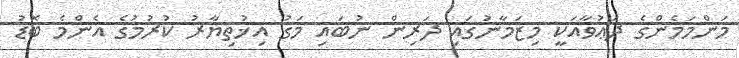
މަންމަމެންގެ ދަޢުވާއަކީ މިޒަމާނުގައި ދަރިން ނުބައި މަގު އިޚުތިޔާރު ކުރުމުގެ އެންމެ ބޮޑު